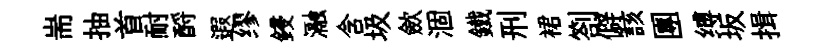
耑抽首耐酹遐缪鋟瀜含圾歛涸鐵刑裙劄僻該團缚坂揖